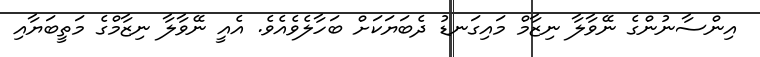
އިންސާނުންގެ ނޭވާލާ ނިޒާމް މައިގަނޑު ދެބަޔަކަށް ބަހާލެވެއެވެ. އެއީ ނޭވާލާ ނިޒާމްގެ މަތީބަޔާއި